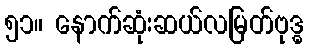
၅၁။ နောက်ဆုံးဆယ်လမြတ်ဗုဒ္ဓ